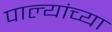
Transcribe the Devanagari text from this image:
पाल्यांच्या